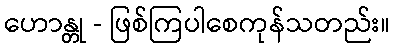
ဟောန္တု - ဖြစ်ကြပါစေကုန်သတည်း။